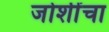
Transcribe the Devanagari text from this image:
जोशींचा